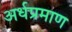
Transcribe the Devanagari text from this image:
अर्धप्रमाण